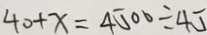
4 0 + x = 4 5 0 0 \div 4 5